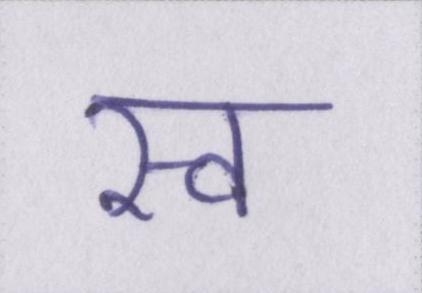
स्व